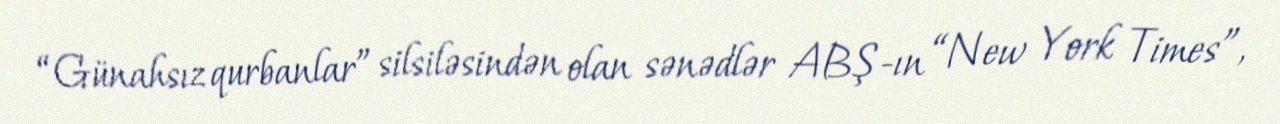
“Günahsız qurbanlar” silsiləsindən olan sənədlər ABŞ-ın “New York Times”,